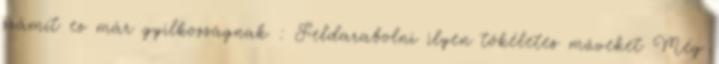
számít ez már gyilkosságnak : Feldarabolni ilyen tökéletes műveket Még